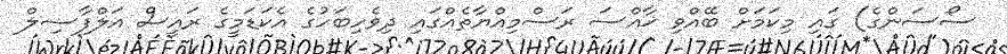
ސޯސަންގެ) ގައި މިކަމަށް ބޭއްވި ޚާއްސަ ރަސްމިއްޔާތެއްގައި ދިވެހިބަހުގެ އެކަޑަމީގެ ރައީސް އަލްފާޟިލް